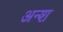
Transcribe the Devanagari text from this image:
अन्श